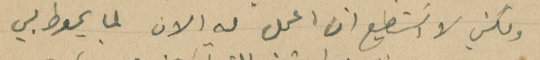
ولكني لا اسَتطيع ان اعمل له الان لما يحوط بي